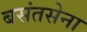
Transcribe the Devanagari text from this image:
बसंतसेना